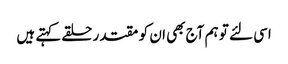
اسی لئے تو ہم آج بھی ان کو مقتدر حلقے کہتے ہیں